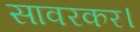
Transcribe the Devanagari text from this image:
सावरकर।